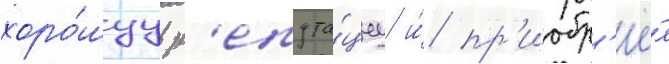
хоро́шуу р'епута́циу и́ пр'иобр'ё́л